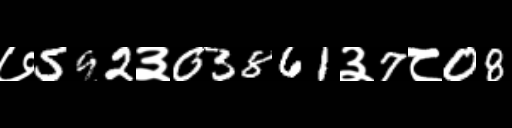
Text: ७592३03861३7८08